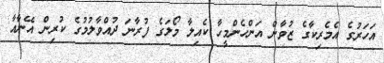
އަހަރުގެ އެމެރިކާގެ ޒުވާން އަންހެންމީހާ ކެއިލާ މޯލަގެ ފުރާނަ ދުއްވާލުމުގެ ކުރިން އޭނާއާ